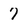
Character: 7